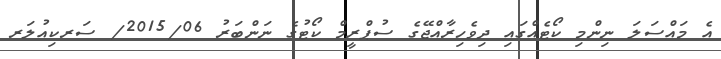
އެ މައްސަލަ ނިންމި ކޯޓެއްގައި ދިވެހިރާއްޖޭގެ ސުޕްރީމް ކޯޓުގެ ނަންބަރު 2015/06/ ސަރކިއުލަރ